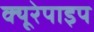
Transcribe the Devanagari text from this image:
क्यूरेपाइप